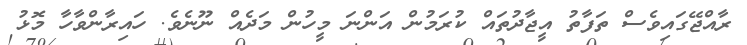
ރާއްޖޭގައިވެސް ތަފާތު އީޖާދުތައް ކުރަމުން އަންނަ މީހުން މަދެއް ނޫނެވެ. ހައިރާންވާހާ މޮޅު